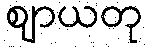
ဈာယတု